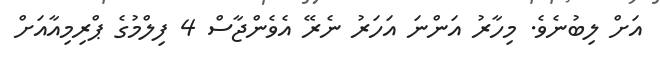
އަށް ލިބުނެވެ. މިހާރު އަންނަ އަހަރު ނެރޭ އެވެންޖާސް 4 ފިލްމުގެ ޕްރިމިއާއަށް